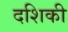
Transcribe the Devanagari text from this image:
दशिकी